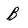
Character: B